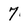
Character: 7